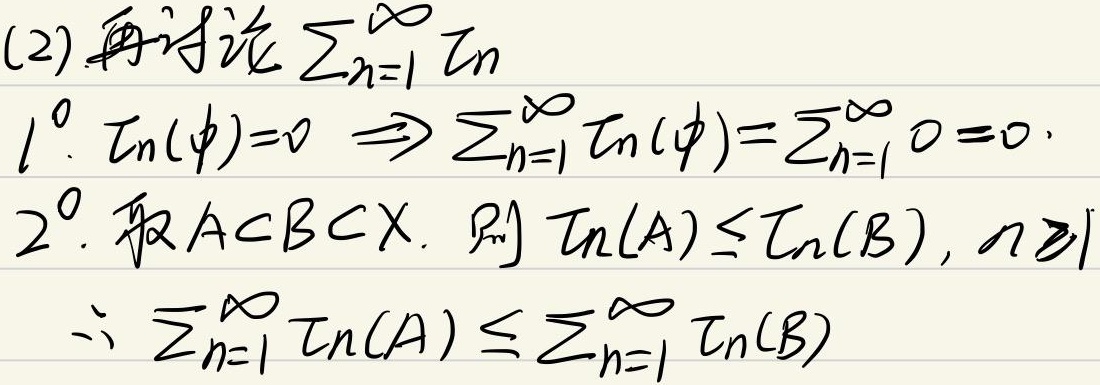
(2) 再讨论\(\sum_{n = 1}^{\infty} \mathcal{I}_n\)。
\(1^0. \ \mathcal{I}_n(\phi)=0 \Rightarrow \sum_{n = 1}^{\infty} \mathcal{I}_n(\phi)=\sum_{n = 1}^{\infty} 0 = 0\)。
\(2^0.\) 取\(A\subset B\subset X\)。则\(\mathcal{I}_n(A)\leq\mathcal{I}_n(B), n\geq1\)。
\(\therefore \sum_{n = 1}^{\infty} \mathcal{I}_n(A)\leq\sum_{n = 1}^{\infty} \mathcal{I}_n(B)\)